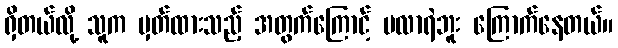
ရှိတယ်လို့ သူက မှတ်ထားသည့် အတွက်ကြောင့် မလာရဲဘူး ကြောက်နေတယ်။